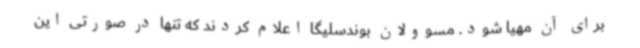
برای آن مهیا شود. مسوولان بوندسلیگا اعلام کردند که تنها در صورتی این